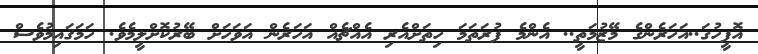
އޮފީހުގަ..އަހަރެންގެ މޭޒުމަތީ.. އެންމެ ފުރަތަމަ ހިތަށްއެރި އެއްޗެއް އަހަރެން އަވަހަށް ބޭރުކޮށްލީމެވެ. ހަމަޤައިމުވެސް